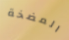
المضخة